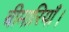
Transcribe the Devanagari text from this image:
बीमारियाँ।